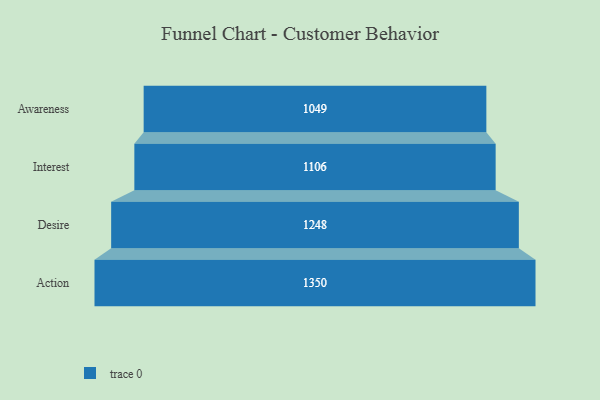
{"axis": {"x": "Stage", "y": "Value"}, "legend": [""], "data": [{"x": "Awareness", "y": 1049.0, "type": ""}, {"x": "Interest", "y": 1106.0, "type": ""}, {"x": "Desire", "y": 1248.0, "type": ""}, {"x": "Action", "y": 1350.0, "type": ""}]}